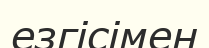
езгісімен